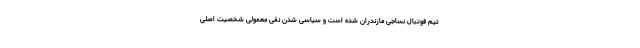
تیم فوتبال نساجی مازندران شده است و سیاسی شدن نقی معمولی شخصیت اصلی